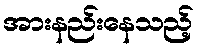
အားနည်းနေသည့်